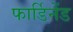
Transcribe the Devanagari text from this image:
फार्डिनेंड